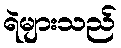
ရဲများသည်